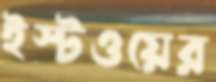
ইস্টওয়ের